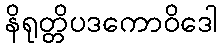
နိရုတ္တိပဒကောဝိဒေါ